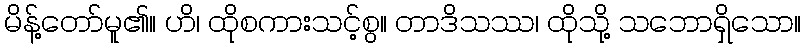
မိန့်တော်မူ၏။ ဟိ၊ ထိုစကားသင့်စွ။ တာဒိသဿ၊ ထိုသို့ သဘောရှိသော။